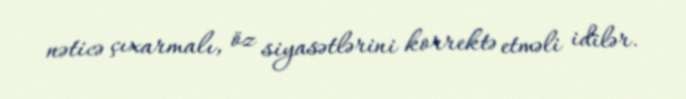
nəticə çıxarmalı, öz siyasətlərini korrektə etməli idilər.